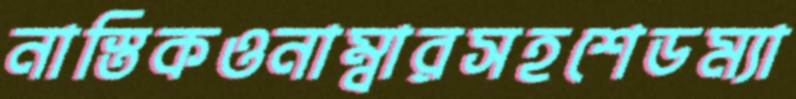
নাস্তিকওনাম্বারসহশেডম্যা